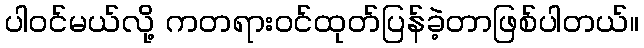
ပါဝင်မယ်လို့ ကတရားဝင်ထုတ်ပြန်ခဲ့တာဖြစ်ပါတယ်။